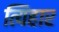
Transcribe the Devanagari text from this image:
त्यिहार